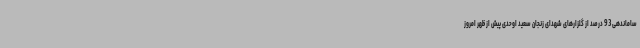
ساماندهی 93 درصد از گلزارهای شهدای زنجان سعید اوحدی پیش از ظهر امروز